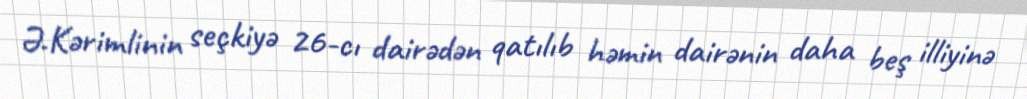
Ə.Kərimlinin seçkiyə 26-cı dairədən qatılıb həmin dairənin daha beş illiyinə